system: You are a helpful assistant.
user:
Analyze the provided spectrum to determine if it is a **White Dwarf (WD)**.

A White Dwarf spectrum is defined by its **extreme purity** (due to gravitational settling) and/or **extreme pressure broadening** (due to high surface gravity). You must check for one of the following mutually exclusive signatures:

- **Key Visual Indicators (Check for ONE of these types):**

    - **1. DA-Type Signature (Most Common):**
        - **(Primary Feature):** Extreme pressure broadening (Stark broadening) of the **Hydrogen (H) Balmer lines**.
        - **(Key Lines):** $H\beta$ (approx. $4861$ Å) and $H\gamma$ (approx. $4340$ Å). $H\alpha$ (approx. $6563$ Å) will also be present if the wavelength range covers it.
        - **(Line Profile):** This is the **defining feature**. The lines are **NOT** sharp. They appear as massive, **extremely broad and deep "troughs" or "dips"** in the spectrum, often hundreds of Ångströms wide. The continuum will appear to "scoop" down at these wavelengths.
        - **(Distinction):** Normal A-type or B-type stars have *narrow* and *sharp* Hydrogen lines. A DA White Dwarf's lines are unmistakably "smeared" or "blurry" from pressure.

    - **2. DB-Type Signature:**
        - **(Primary Feature):** Broad absorption lines from **Neutral Helium (He I)**. The spectrum must lack any visible Hydrogen lines.
        - **(Key Lines):** Look for broad absorption near $4471$ Å, $4921$ Å, and $5876$ Å.
        - **(Line Profile):** These lines are also significantly pressure-broadened, appearing much wider than they would in a normal B-type main-sequence star.

    - **3. DC-Type Signature:**
        - **(Primary Feature):** A **featureless continuous spectrum**.
        - **(Line Profile):** The spectrum is a smooth curve with **no significant absorption or emission lines**.
        - **(Key Confirmation):** The continuum is almost always **blue or white**, indicating a hot object. This signature implies the atmosphere is so pure (or so cool) that no spectral lines are visible in the optical range. Its WD identity is confirmed by its extremely low intrinsic brightness (high absolute magnitude).

    - **4. DZ-Type Signature (Metal-Polluted):**
        - **(Primary Feature):** **Isolated, narrow metal absorption lines** on an otherwise featureless (DC-like) continuum.
        - **(Key Lines):** The **Calcium (Ca II) H & K doublet** (approx. **$3934$ Å** and **$3968$ Å**) is the most common and defining feature.
        - **(Line Profile):** These lines are "out of place." They are *not* part of a "forest" of thousands of lines. This signature is evidence of recent *accretion* (pollution) from rocky debris.
        - **(Distinction):** Normal G/K/M stars have a *dense forest* of thousands of metal lines. A DZ has a *clean* continuum with *only a few* strong metal lines.

    - **5. DQ-Type Signature (Carbon-Polluted):**
        - **(Primary Feature):** Absorption bands from **Carbon (C₂ "Swan Bands" or atomic C I)**.
        - **(Key Lines - C₂):** Look for bandheads with a "saw-tooth" shape near $5635$ Å, **$5165$ Å** (strongest), and $4737$ Å.
        - **(Key Confirmation):** The underlying **continuum must be blue or white** (hot).
        - **(Distinction):** This is the critical difference from a **Carbon Star**, which has the *exact same* C₂ bands but on an extremely **red, cool** continuum.

- **(Overall Spectrum):**
    - The continuum (overall shape) is typically **blue-sloping** (brighter in the blue than the red), as most white dwarfs are very hot.
    - The spectrum will look "pure" or "simple," dominated by only *one* of the five signatures listed above.

Think first, call **spectral_visualization_tool** if needed to examine features in detail, then provide your final answer. Your response must adhere to the following strict rules:
1.  **Overall Structure:** Your response must follow the format `<think>...</think> <tool_call>...</tool_call> (if a tool is used) <answer>...</answer>`.
2.  **Tool Usage Constraint:** You may only make **one** tool call per turn.
3.  **Final Answer Format:** In the `<answer>` tag, your conclusion must be inside a `\boxed{}` command (e.g., `\boxed{YES}` or `\boxed{NO}`), followed by your justification.

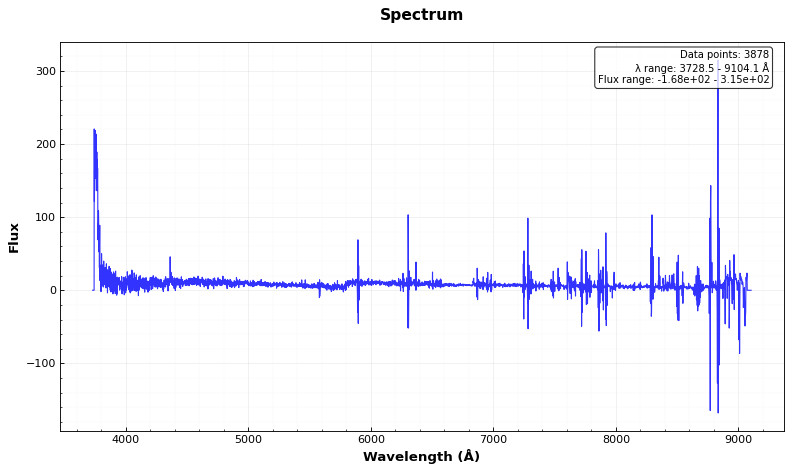
Answer: NO